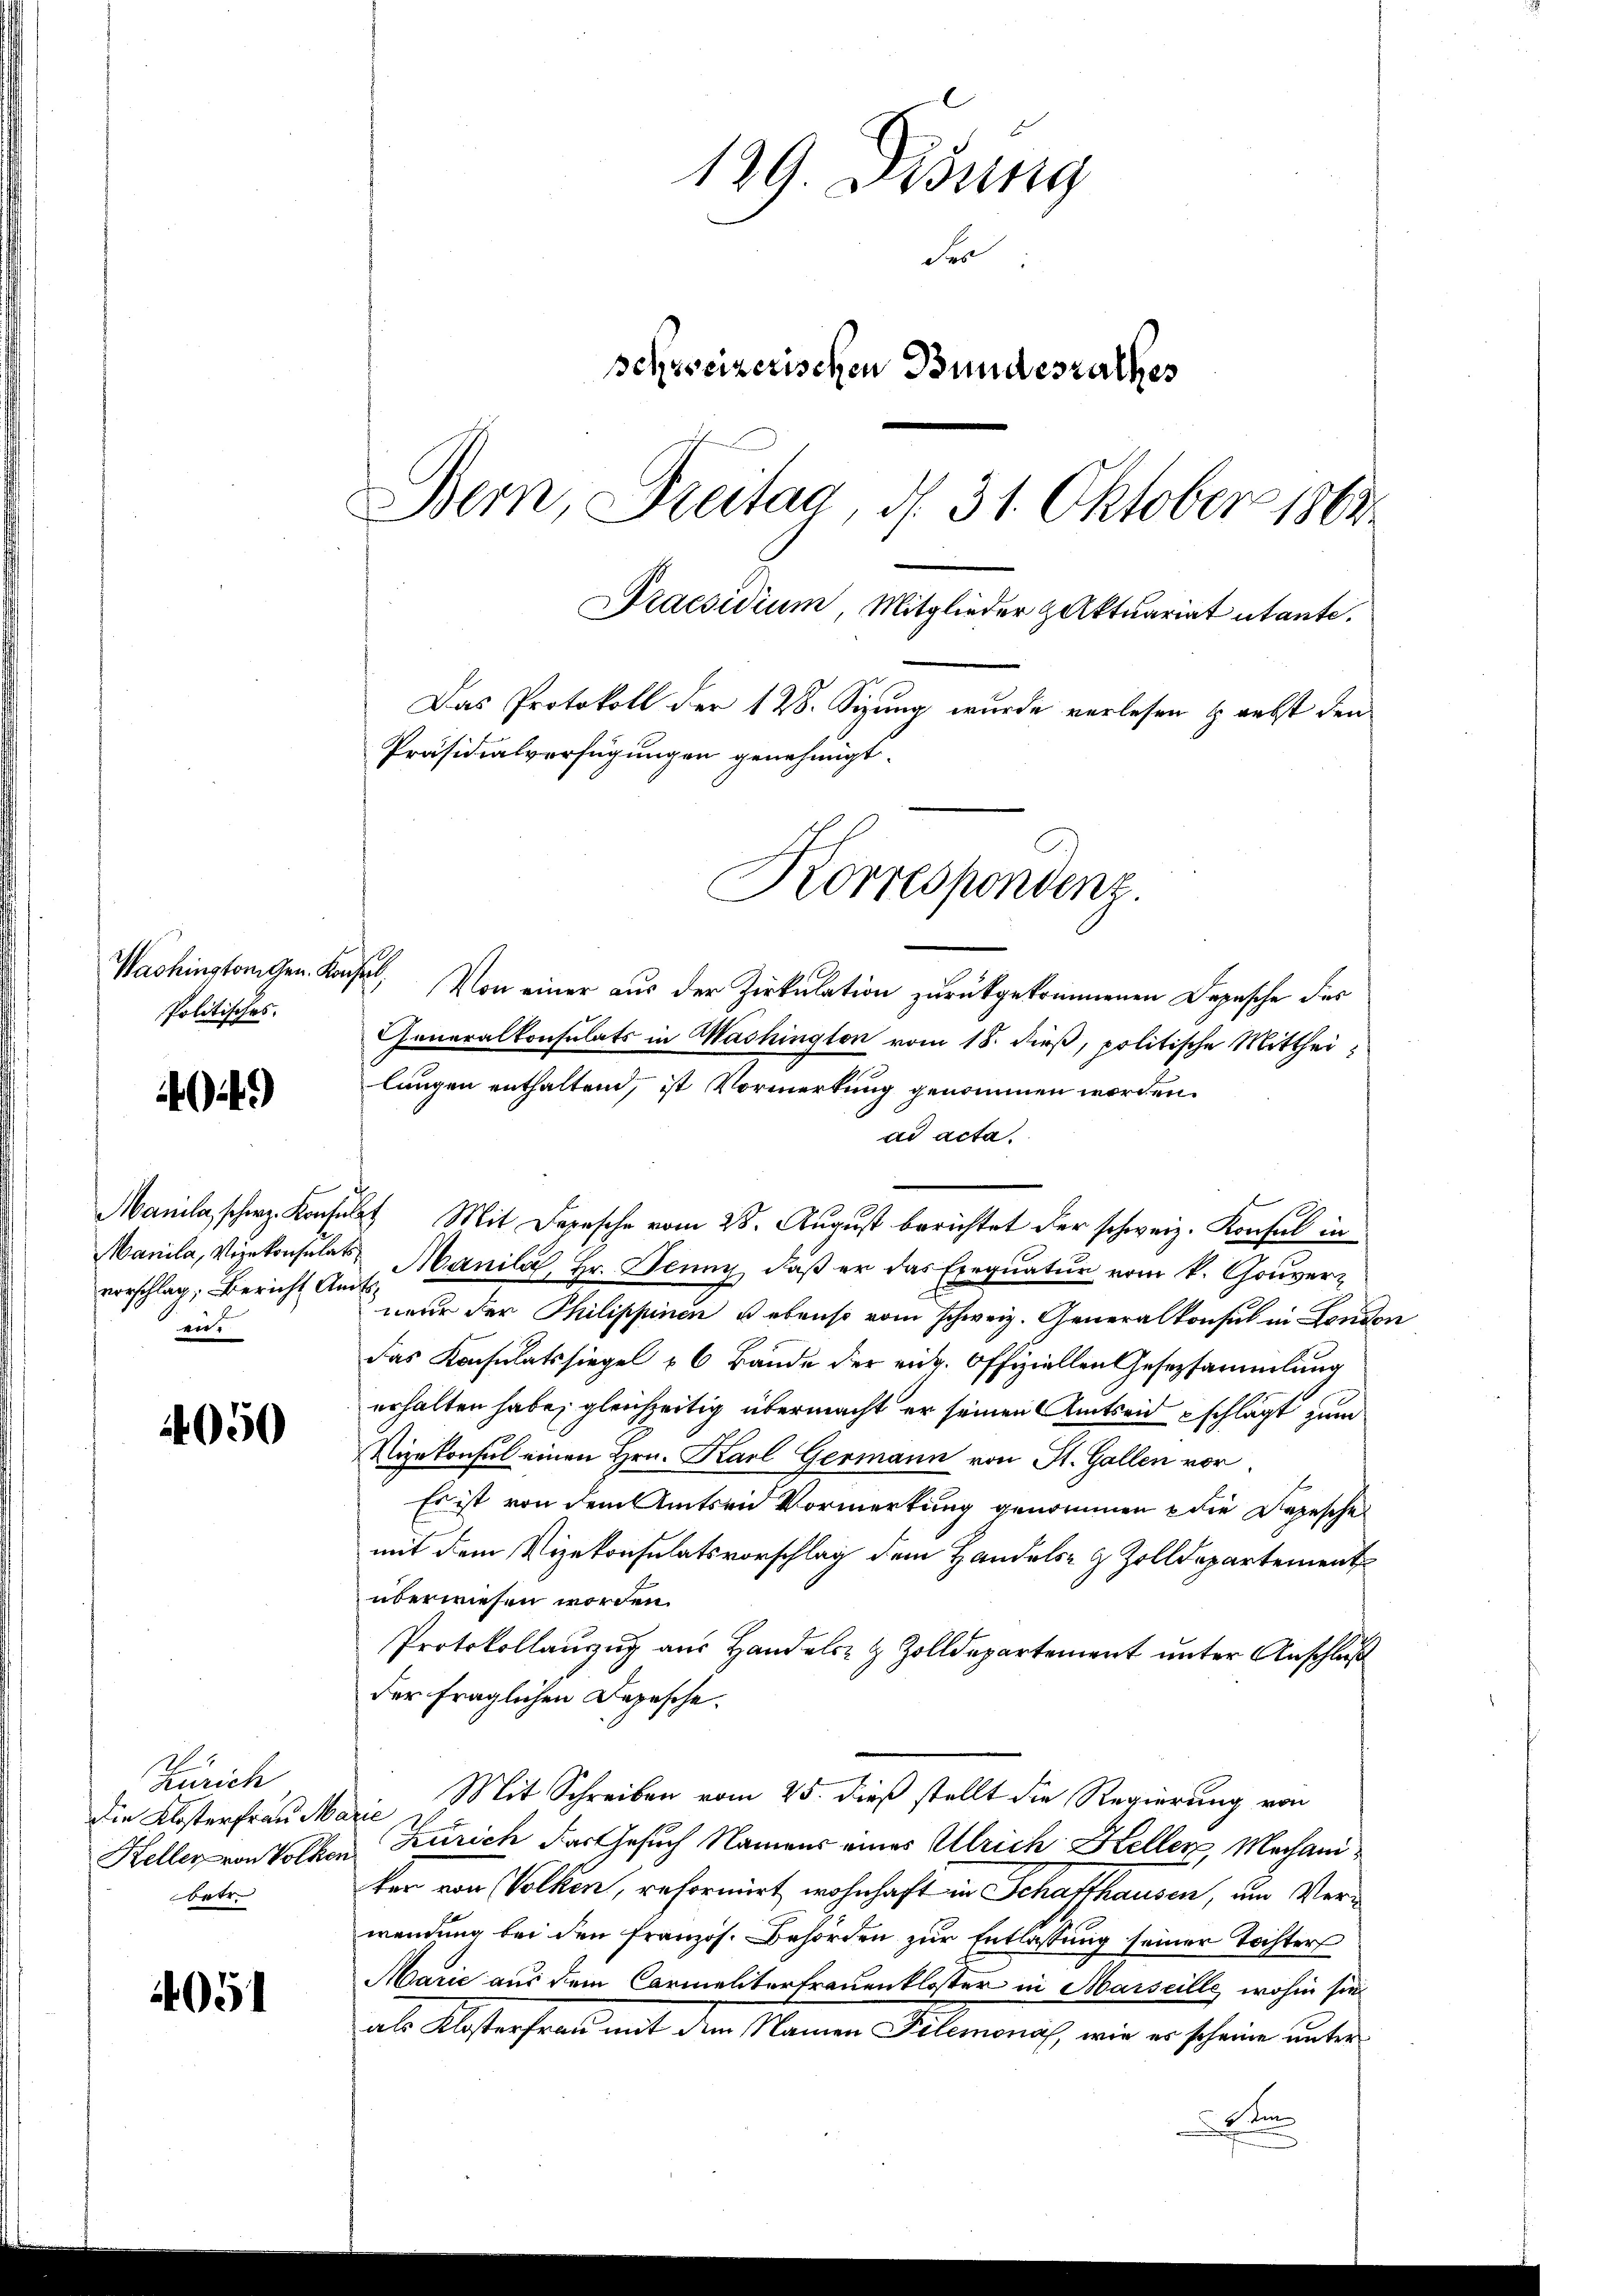
Washingtonigen. Kon¬
Politisches.

49

vorschlag, Bericht Amtsvie.

4050

Zürich
Die Klosterfrau Ma
Keller von Volken
betr.

4051

129. Disung
Fer
schweizerischen Bundesrathes
Bern, Freitag, d. 31. Oktober 1864
Praesidium, Mitglieder Aktuariat utante.
Das Protokoll der 128. Sizung wurde verlesen & nebst den
Präsidialverfügungen genehmigt.

4
Von einer aus der Zirkulation zurückgekommenen Depesche der
Generalkonsulats in Washington vom 18. dieß, politische Mittheilungen enthaltend, ist Vormerkung genommen worden.
ad acta.
Manila, scherz. Konsulat Mit Depesche vom 28. August berichtet der schweiz. Konsul in
Manila, Vizekonsulat Manila, Hr. Jenny, daβ er das Exeqŭatŭr vom k. Gouver-
eur der Philippinen ebenso vom Schweiz. Generalkonsul in London
Das Konsulatssiegel u 6 Bände der eing. Offiziellen Gesetzsammlung
erhalten habe, gleichzeitig übermacht er seinen Amtseid schlägt zum
Nizekonsul einen Hrn. Karl Germann von St. Gallen vor
Es ist von dem Amtsen Vormerkung genommen u die Depesche
mit dem Vizekonsulatsvorschlag dem Handels- & Zolldepartement
überwiesen worden.
Protokollauszug aus Handels- & Zolldepartement unter Anschluß
der fraglichen Depesche.
 Mit Schreiben vom 25. dieß stellt die Regierung von
Zürich das Gesuch Namens eines Ulrich Keller Machaniker von Volken, reformirt wohnhaft in Schaffhausen, um Verwendung bei den französ. Behörden zŭr Entlassung seiner Tochter
Marie aus dem Carmalitertrauenkloster in Marseille, wohin sie
als Klosterfrau mit dem Namen Filemonas, wie er scheine unter
te

Korrespondenz.